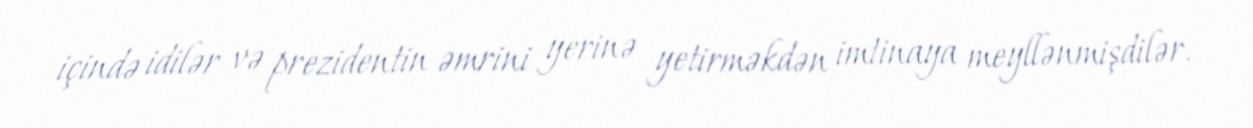
içində idilər və prezidentin əmrini yerinə yetirməkdən imtinaya meyllənmişdilər.